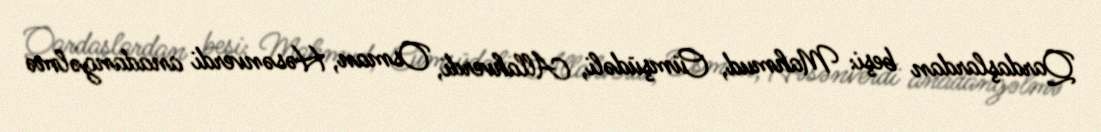
Qardaşlardan beşi: Mahmud, Cümşüdəli, Allahverdi, Osman, Həsənverdi anadangəlmə